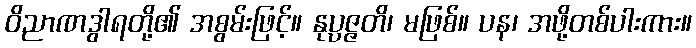
ဝိညာဏဒွါရတို့၏ အစွမ်းဖြင့်။ နုပ္ပဇ္ဇတိ၊ မဖြစ်။ ပန၊ အဖို့တစ်ပါးကား။